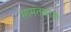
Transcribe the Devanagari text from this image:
सामंतवादः